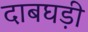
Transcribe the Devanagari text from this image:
दाबघड़ी